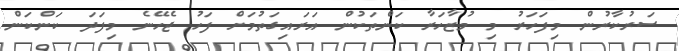
ސަރުކާރުން މިފަހަރު މި މުޒާހަރާ ކަންތަކުން އަރައިގަތުމަށް ފަހު ޖެހޭނެ މިފަދަ ކަންކަން